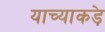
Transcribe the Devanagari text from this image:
याच्याकड़े